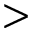
>